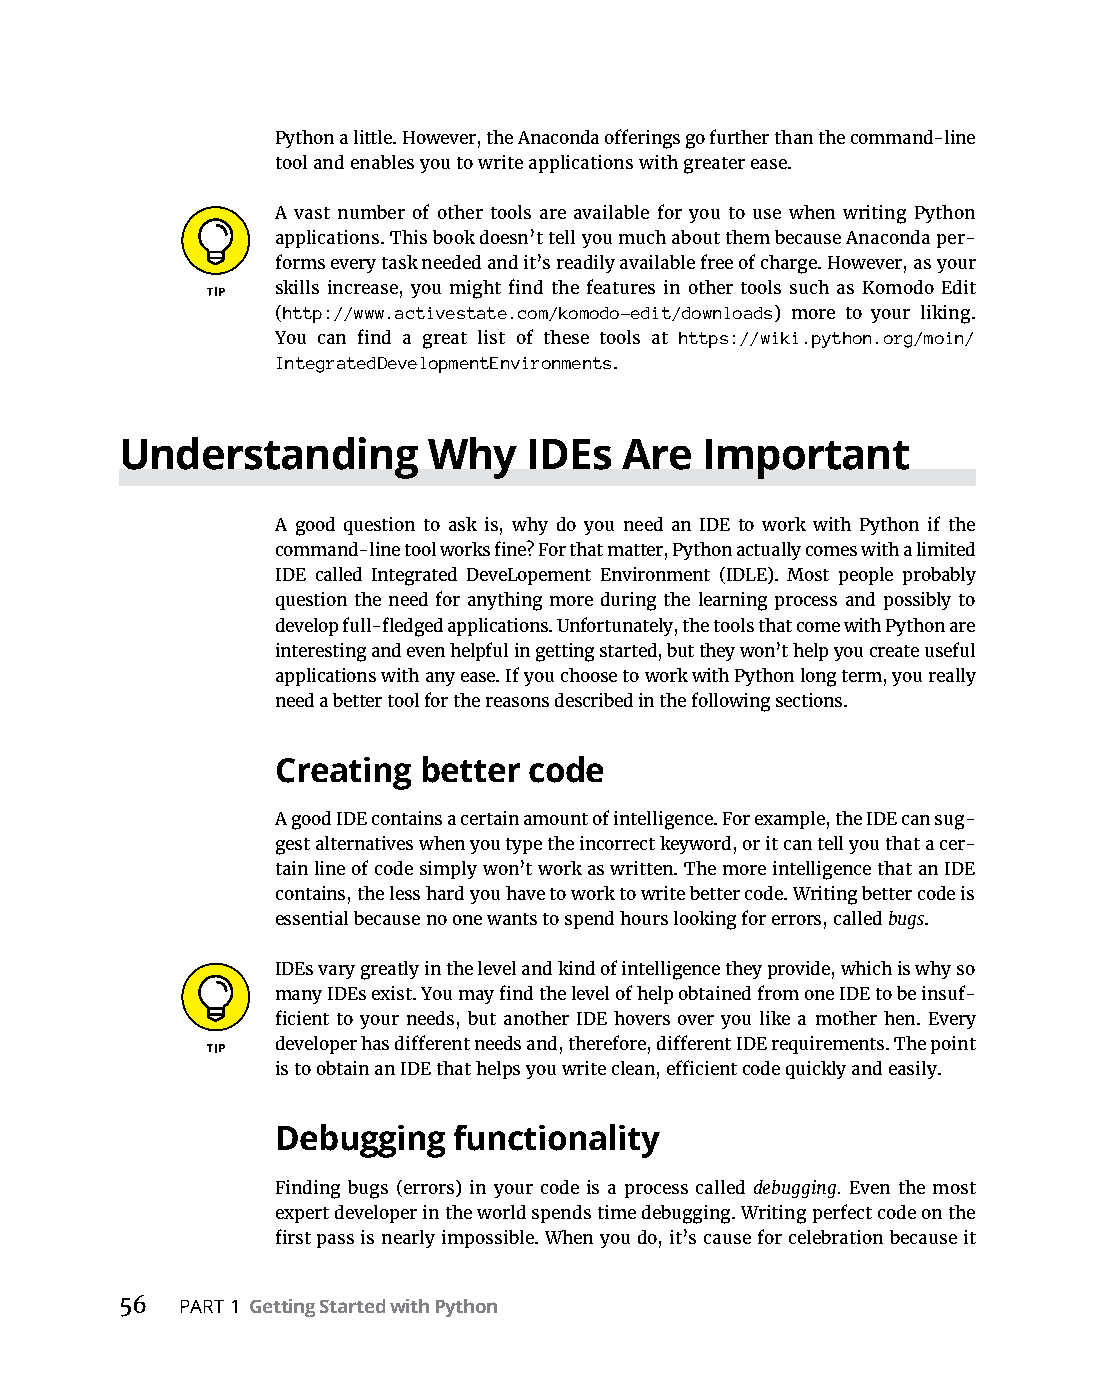
Python a little. However, the Anaconda offerings go further than the command-line
 tool and enables you to write applications with greater ease.
 A vast number of other tools are available for you to use when writing Python
 applications. This book doesn’t tell you much about them because Anaconda per-
 forms every task needed and it’s readily available free of charge. However, as your
 skills increase, you might find the features in other tools such as Komodo Edit
 (http://www.activestate.com/komodo-edit/downloads) more to your liking.
 You can find a great list of these tools at https://wiki.python.org/moin/
 IntegratedDevelopmentEnvironments.
 Understanding       Why    IDEs  Are  Important
 A good question to ask is, why do you need an IDE to work with Python if the
 command-line tool works fine? For that matter, Python actually comes with a limited
 IDE called Integrated DeveLopement Environment (IDLE). Most people probably
 question the need for anything more during the learning process and possibly to
 develop full-fledged applications. Unfortunately, the tools that come with Python are
 interesting and even helpful in getting started, but they won’t help you create useful
 applications with any ease. If you choose to work with Python long term, you really
 need a better tool for the reasons described in the following sections.
 Creating  better code
 A good IDE contains a certain amount of intelligence. For example, the IDE can sug-
 gest alternatives when you type the incorrect keyword, or it can tell you that a cer-
 tain line of code simply won’t work as written. The more intelligence that an IDE
 contains, the less hard you have to work to write better code. Writing better code is
 essential because no one wants to spend hours looking for errors, called bugs.
 IDEs vary greatly in the level and kind of intelligence they provide, which is why so
 many IDEs exist. You may find the level of help obtained from one IDE to be insuf-
 ficient to your needs, but another IDE hovers over you like a mother hen. Every
 developer has different needs and, therefore, different IDE requirements. The point
 is to obtain an IDE that helps you write clean, efficient code quickly and easily.
 Debugging   functionality
 Finding bugs (errors) in your code is a process called debugging. Even the most
 expert developer in the world spends time debugging. Writing perfect code on the
 first pass is nearly impossible. When you do, it’s cause for celebration because it
 56  PART 1 Getting Started with Python